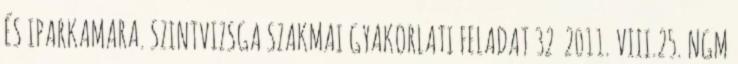
ÉS IPARKAMARA. SZINTVIZSGA SZAKMAI GYAKORLATI FELADAT 32 2011. VIII.25. NGM